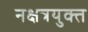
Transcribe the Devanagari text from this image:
नक्षत्रयुक्त